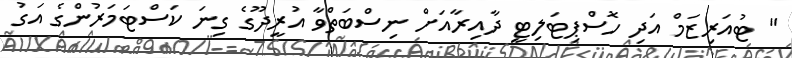
" ޓުއަރިޒަމް އަދި ހޮސްޕިޓަލިޓީ ދާއިރާއަށް ނިސްބަތްވާ އުރީދޫގެ ގިނަ ކަސްޓަމަރުންގެ އަގު